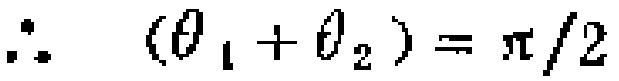
\(\therefore\ \ (\theta_1+\theta_2)=\pi/2\)